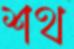
শথ